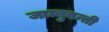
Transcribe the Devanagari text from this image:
जाम्बुवन्ती